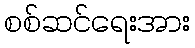
စစ်ဆင်ရေးအား